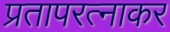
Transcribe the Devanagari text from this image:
प्रतापरत्नाकर